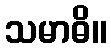
သမာဓိ။